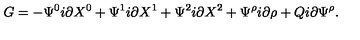
G = - \Psi ^ { 0 } i \partial X ^ { 0 } + \Psi ^ { 1 } i \partial X ^ { 1 } + \Psi ^ { 2 } i \partial X ^ { 2 } + \Psi ^ { \rho } i \partial \rho + Q i \partial \Psi ^ { \rho } .